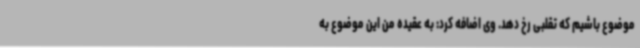
موضوع باشیم که تقلبی رخ دهد. وی اضافه کرد: به عقیده من این موضوع به